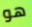
هو